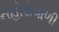
નહોરોવાળી